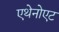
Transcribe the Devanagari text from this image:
एथेनोएट